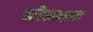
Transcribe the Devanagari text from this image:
स्टीफन्सला